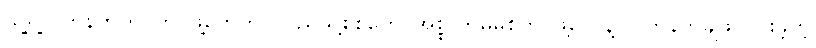
သူ့ရဲ့လက်နက်ကိုင်တပ်ဖွဲ့တွေဟာ ပြည်သူ့စစ်တွေ၊ အစ္စလာမ်မစ်တပ်ဖွဲ့တွေနဲ့ လက်နက်ချဖို ငြင်းခဲ့တဲ့